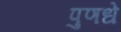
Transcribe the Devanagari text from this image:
पुणधे